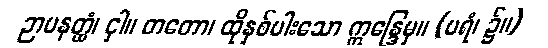
ဉာပနတ္ထံ၊ ငှါ။ တတော၊ ထိုနှစ်ပါးသော ဣန္ဒြေမှ။ (ပရံ၊ ၌။)